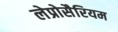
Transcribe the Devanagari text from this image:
लेप्रोसैरियम